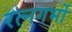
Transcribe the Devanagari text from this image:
रत्नगर्भो